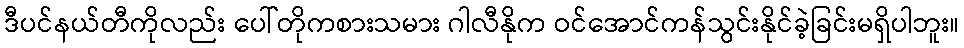
ဒီပင်နယ်တီကိုလည်း ပေါ်တိုကစားသမား ဂါလီနိုက ဝင်အောင်ကန်သွင်းနိုင်ခဲ့ခြင်းမရှိပါဘူး။